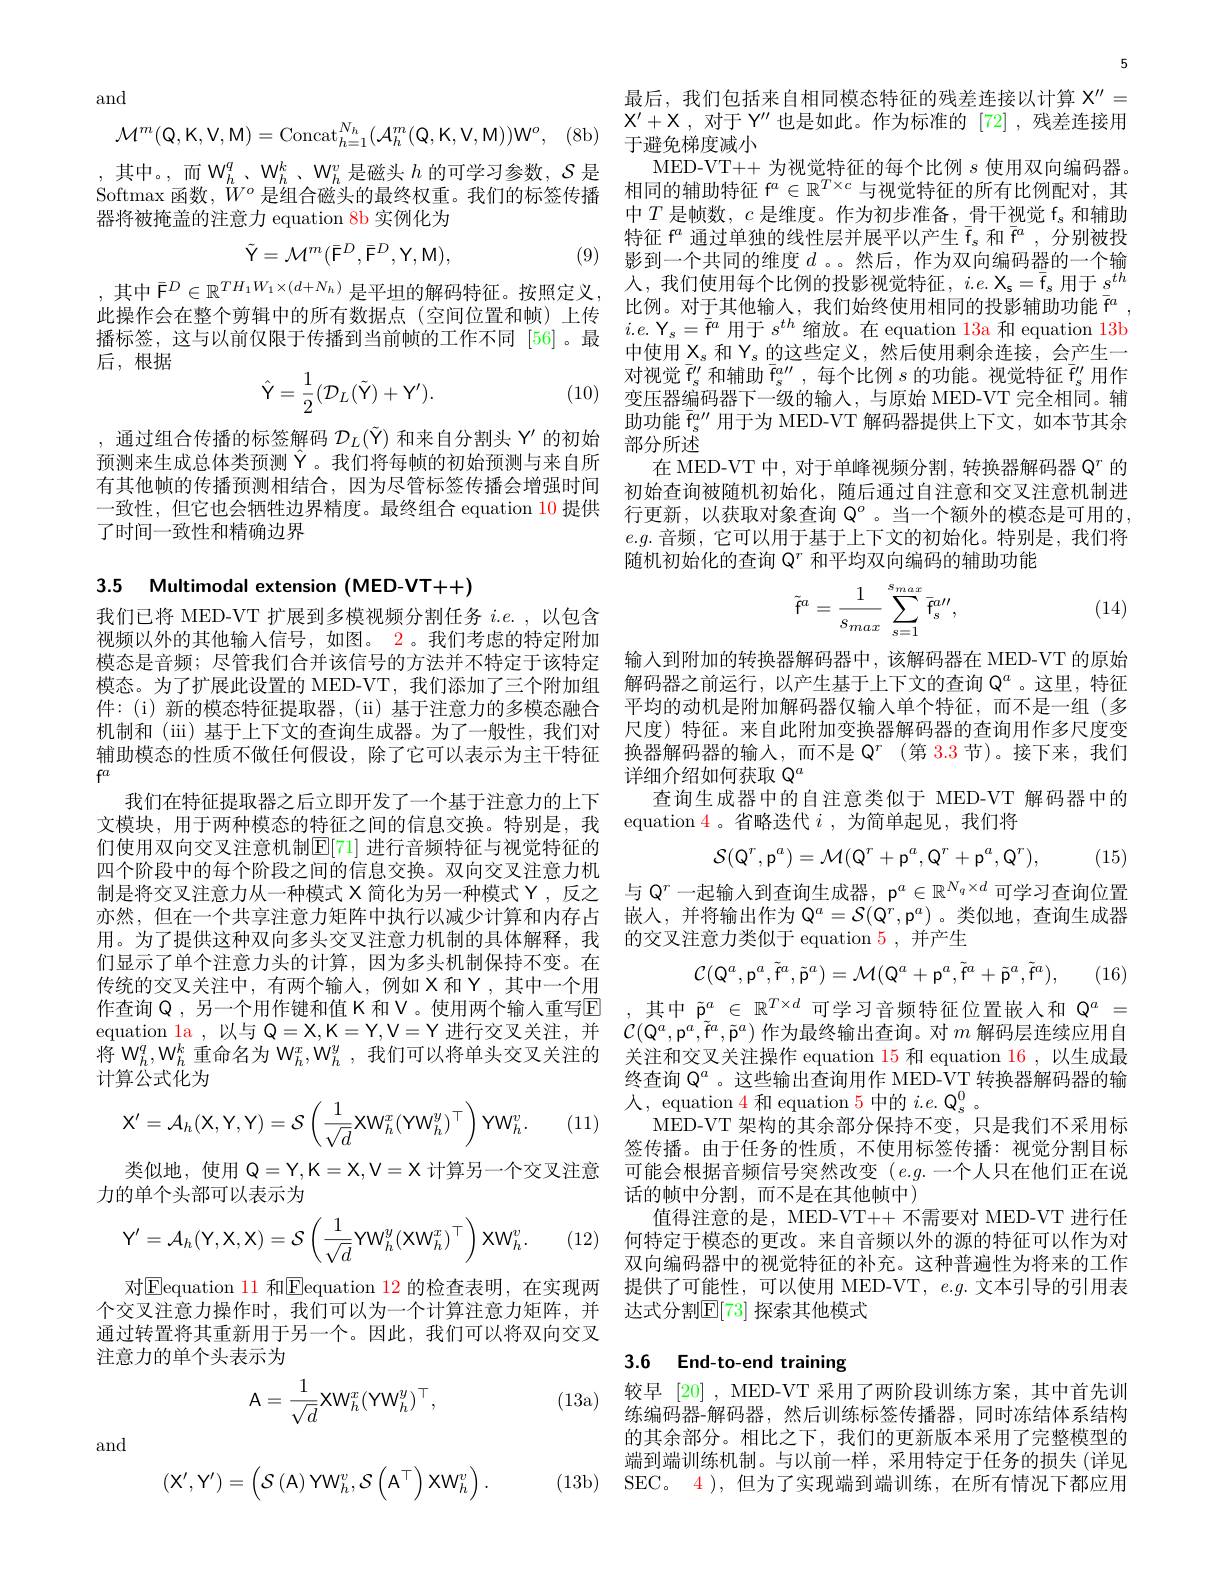
and
$$\mathcal{M}^{m}(\mathsf{Q},\mathsf{K},\mathsf{V},\mathsf{M})=\mathrm{Concat}_{h=1}^{N_{h}}(\mathcal{A}_{h}^{m}(\mathsf{Q},\mathsf{K},\mathsf{V},\mathsf{M}))\mathsf{W}^{o},$$
,其中。,而 W$_h^q$, $W_h^k$, $W_h^v$是磁头$h$的可学习参数，$\mathcal{S}$是Softmax 函数，$W^o$是组合磁头的最终权重。我们的标签传播器将被掩盖的注意力 equation 8b 实例化为
$$\tilde{\mathrm{Y}}=\mathcal{M}^m(\bar{\mathrm{F}}^D,\bar{\mathrm{F}}^D,\mathrm{Y},\mathrm{M}),$$
(9) 影到一个共同的维度$d$ 。。然后，作为双向编码器的一个输

,其中$\bar{\mathcal{F}}^D\in\mathbb{R}^TH_1W_1\times(d+N_h)$ 是平坦的解码特征。按照定义， 此操作会在整个剪辑中的所有数据点(空间位置和帧)上传播标签，这与以前仅限于传播到当前帧的工作不同[56]。最后，根据
$$\hat{\mathsf Y}=\frac{1}{2}(\mathcal{D}_{L}(\tilde{\mathsf Y})+\mathsf Y').$$
,通过组合传播的标签解码$\mathcal{D}_L(\tilde{\mathcal{Y}})$和来自分割头$\Upsilon^\prime$的初始预测来生成总体类预测$\overset{.}{\operatorname*{\operatorname*{Y}}}$。我们将每帧的初始预测与来自所有其他帧的传播预测相结合，因为尽管标签传播会增强时间了时间一致性和精确边界

3.5 Multimodal extension (MED-VT++)

我们已将 MED-VT 扩展到多模视频分割任务$i.e.$,以包含视频以外的其他输入信号，如图。2。我们考虑的特定附加模态是音频；尽管我们合并该信号的方法并不特定于该特定模态。为了扩展此设置的 MED-VT,我们添加了三个附加组件：(i) 新的模态特征提取器，(ii) 基于注意力的多模态融合机制和 (iii) 基于上下文的查询生成器。为了一般性，我们对辅助模态的性质不做任何假设，除了它可以表示为主干特征$f^{a}$
我们在特征提取器之后立即开发了一个基于注意力的上下们使用双向交叉注意机制$\mathbb{E}[71]$ 进行音频特征与视觉特征的四个阶段中的每个阶段之间的信息交换。双向交叉注意力机制是将交叉注意力从一种模式 X 简化为另一种模式 Y , 反之亦然，但在一个共享注意力矩阵中执行以减少计算和内存占用。为了提供这种双向多头交叉注意力机制的具体解释，我们显示了单个注意力头的计算，因为多头机制保持不变。在传统的交叉关注中，有两个输入，例如X和Y，其中一个用作查询$\mathbb{Q}$,另一个用作键和值 K 和 V 。使用两个输入重写E equation la,以与$\mathbb{Q}=\mathbb{X},\mathbb{K}=\mathbb{Y},\mathbb{V}=\mathbb{Y}$进行交叉关注，并$\mathcal{C}(\mathbb{Q}^a,\mathfrak{p}^a,\tilde{\mathbb{P}}^a,\tilde{\mathbb{P}}^a)$作为最终输出查询。对$m$解码层连续应用自
将$\mathcal{W}_h^q,\mathcal{W}_h^k$重命名为$\mathcal{W}_h^x,\mathcal{W}_h^y$,我们可以将单头交叉关注的
计算公式化为
$$\mathrm X'=\mathcal A_h(\mathrm X,\mathrm Y,\mathrm Y)=\mathcal S\left(\frac{1}{\sqrt{d}}\mathrm X\mathrm W_h^x(\mathrm Y\mathrm W_h^y)^\top\right)\mathrm Y\mathrm W_h^v.$$
(11)

类似地，使用$\mathbb{Q}=\mathbb{Y},\mathbb{K}=\mathbb{X},\mathbb{V}=\mathbb{X}$计算另一个交叉注意
力的单个头部可以表示为

(12)
$$\mathrm{Y'}=\mathcal{A}_h(\mathrm{Y},\mathrm{X},\mathrm{X})=\mathcal{S}\left(\frac{1}{\sqrt{d}}\mathrm{YW}_h^y(\mathrm{XW}_h^x)^\top\right)\mathrm{XW}_h^v.$$
对$\boxed{\text{Eequation 11 和}}$Eequation 12 的检查表明，在实现两通过转置将其重新用于另一个。因此，我们可以将双向交叉注意力的单个头表示为

(13a)
$$\mathrm{A}=\frac{1}{\sqrt{d}}\mathrm{XW}_{h}^{x}(\mathrm{YW}_{h}^{y})^{\top},$$
and
$$(X',Y')=\begin{pmatrix}\mathcal{S}\left(A\right)YW_{h}^{v},\mathcal{S}\left(A^{\top}\right)XW_{h}^{v}\end{pmatrix}.$$
5

最后，我们包括来自相同模态特征的残差连接以计算$X^{\prime\prime}=$ $X^{\prime}+X$ ,对于 Y$^\prime\prime$也是如此。作为标准的[72] ,残差连接用于避免梯度减小
MED-VT++ 为视觉特征的每个比例$s$使用双向编码器。相同的辅助特征$f^a\in\mathbb{R}^{T\times c}$与视觉特征的所有比例配对，其中$T$是帧数，$c$是维度。作为初步准备，\_骨干视觉 f$_\mathrm{s}$和辅助特征$f^a$通过单独的线性层并展平以产生$\bar{\mathrm{f}}_s$和$\bar{\mathrm{f}}^a$,分别被投人，我们使用每个比例的投影视觉特征，$i.e.X_\mathrm{s}=\overline{\mathrm{f}}_\mathrm{s}$用于$\underline{s}^{th}$ 比例。对于其他输入，我们始终使用相同的投影辅助功能$\bar{\mathrm{f}}^a$ $i.e.$ Y$_s=\bar{\mathrm{f}}^a$用于$s^th$缩放。在 equation 13a 和 equation 13b 中使用$X_\mathrm{s}$和$Y_s$的这些定义，然后使用剩余连接，会产生一对视觉$\bar{\mathrm{f}}_{\mathrm{s}}^{\prime\prime}$和辅助 $\bar{\mathrm{f}}_{\mathrm{s}}^{a\prime\prime}$,每个比例 $s$ 的功能。视觉特征$\bar{\mathrm{f}}_{\mathrm{s}}^{\prime\prime}$用作
(10) $\overset {\text{ 对 优 见 }^{\prime }s\:}{\operatorname* { \operatorname* { \text{变 压 器 编 码 器 下 一 级 的 输 入 , 与 原 始 MED- VT 完 全 相 同 。辅 }} } }$
助功能$\overline{\mathrm{f}}_s^{a\prime\prime}$用于为 MED-VT 解码器提供上下文，如本节其余
部分所述
在 MED-VT 中，对于单峰视频分割，转换器解码器$\mathbb{Q}^r$的初始查询被随机初始化，随后通过自注意和交叉注意机制进
一致性，但它也会牺牲边界精度。最终组合 equation 10 提供 行更新，以获取对象查询$\mathbb{Q}^o$。当一个额外的模态是可用的，
$e.g.$音频，它可以用于基于上下文的初始化。特别是，我们将
随机初始化的查询$\mathbb{Q}^r$和平均双向编码的辅助功能

(14)
$$\tilde{\mathsf f}^a=\frac{1}{s_{max}}\sum_{s=1}^{s_{max}}\bar{\mathsf f}_{s}^{a\prime\prime},$$
输入到附加的转换器解码器中，该解码器在 MED-VT 的原始解码器之前运行，以产生基于上下文的查询$\mathbb{Q}^a$ 。这里，特征平均的动机是附加解码器仅输入单个特征，而不是一组(多尺度) 特征。来自此附加变换器解码器的查询用作多尺度变换器解码器的输入，而不是$\mathbb{Q}^r$ (第 3.3 节)。接下来，我们详细介绍如何获取$\mathbb{Q}^a$
查询生成器中的自注意类似于 MED-VT 解码器中的
文模块，用于两种模态的特征之间的信息交换。特别是，我 equation $\color{red}{4}$。省略迭代$i$ ,为简单起见，我们将
$$\mathcal{S}(\mathbb{Q}^r,\mathfrak{p}^a)=\mathcal{M}(\mathbb{Q}^r+\mathfrak{p}^a,\mathbb{Q}^r+\mathfrak{p}^a,\mathbb{Q}^r),$$
(15)

与$\mathbb{Q}^r$一起输入到查询生成器，p$^a\in\mathbb{R}^{N_q\times d}$可学习查询位置嵌入，并将输出作为$\mathbb{Q}^a=\mathcal{S}(\mathbb{Q}^r,\mathfrak{p}^a)$。类似地，查询生成器的交叉注意力类似于 equation 5 ,并产生
$$\mathcal{C}(\mathbb{Q}^a,\mathfrak{p}^a,\tilde{\mathfrak{f}}^a,\tilde{\mathfrak{p}}^a)=\mathcal{M}(\mathbb{Q}^a+\mathfrak{p}^a,\tilde{\mathfrak{f}}^a+\tilde{\mathfrak{p}}^a,\tilde{\mathfrak{f}}^a),$$
(16)

,其中$\tilde{\mathfrak{p}}^a\in\mathbb{R}^{T\times d}$可学习音频特征位置嵌入和$\mathbb{Q}^a=$ 关注和交叉关注操作 equation 15 和 equation 16 , 以生成最终查询$\mathbb{Q}^a$ 。这些输出查询用作 MED-VT 转换器解码器的输人，equation 4 和 equation 5 中的$i.e.\mathrm{Q_s}^0$
MED-VT 架构的其余部分保持不变，只是我们不采用标签传播。由于任务的性质，不使用标签传播：视觉分割目标可能会根据音频信号突然改变(e.g.一个人只在他们正在说话的帧中分割，而不是在其他帧中)
值得注意的是，MED-VT++ 不需要对 MED-VT 进行任何特定于模态的更改。来自音频以外的源的特征可以作为对双向编码器中的视觉特征的补充。这种普遍性为将来的工作提供了可能性，可以使用 MED-VT, $e.g.$文本引导的引用表
个交叉注意力操作时，我们可以为一个计算注意力矩阵，并 达式分割$\mathbb{E}[73]$ 探索其他模式

# 3.6 End-to-end training

较早 [20] , MED-VT 采用了两阶段训练方案，其中首先训练编码器-解码器，然后训练标签传播器，同时冻结体系结构的其余部分。相比之下，我们的更新版本采用了完整模型的端到端训练机制。与以前一样，采用特定于任务的损失(详见
(13b) SEC。 4 ),但为了实现端到端训练，在所有情况下都应用